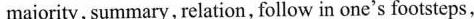
majority, summary, relation, follow in one's footsteps,